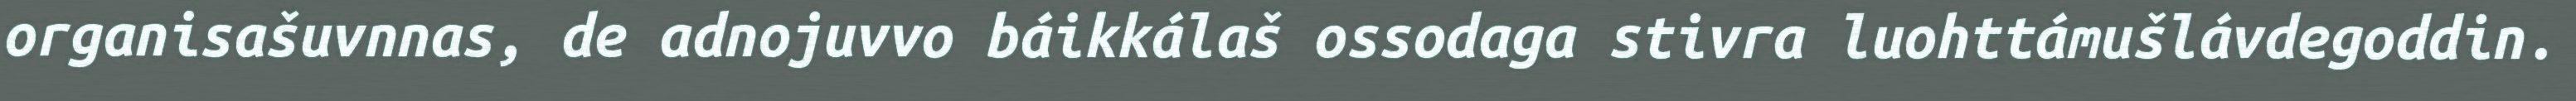
organisašuvnnas, de adnojuvvo báikkálaš ossodaga stivra luohttámušlávdegoddin.